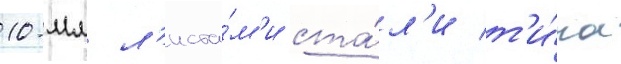
10-мм л'иста́м'и ста́л'и т'и́па